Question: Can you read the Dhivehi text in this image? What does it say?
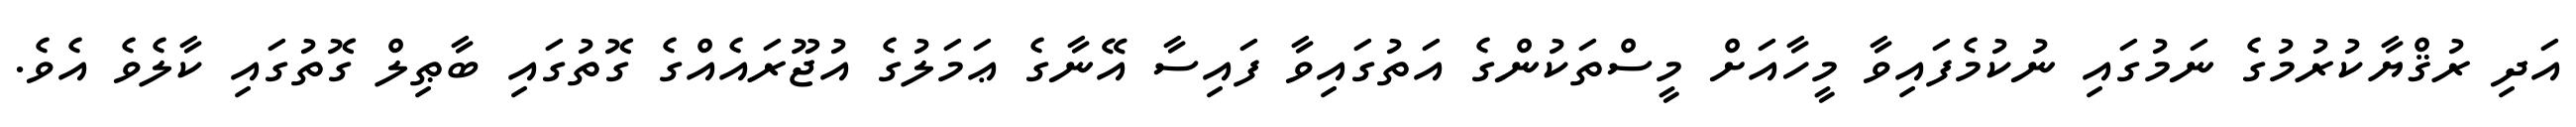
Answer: އަދި ރުޤްޔާކުރުމުގެ ނަމުގައި ނުކުމެފައިވާ މީހާއަށް މީސްތަކުންގެ އަތުގައިވާ ފައިސާ އޭނާގެ ޢަމަލުގެ އުޖޫރައެއްގެ ގޮތުގައި ބާޠިލް ގޮތުގައި ކާލެވެ އެވެ.